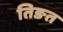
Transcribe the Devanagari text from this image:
तिङत